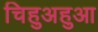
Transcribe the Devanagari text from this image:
चिहुअहुआ